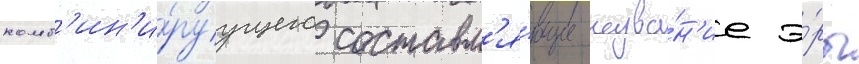
комб'ин'и́руущего составл'я́ющие назва́н'ие э́ры